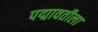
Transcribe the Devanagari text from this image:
पद्मावतीला